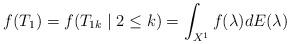
LaTeX: \begin{align*}f(T_1)=f(T_{1k}\mid 2\leq k)=\int_{X^1}f(\lambda)dE(\lambda)\end{align*}